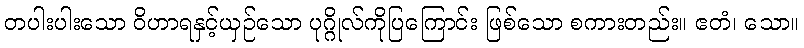
တပါးပါးသော ဝိဟာရနှင့်ယှဉ်သော ပုဂ္ဂိုလ်ကိုပြကြောင်း ဖြစ်သော စကားတည်း။ ဧတံ၊ သော။